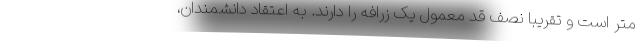
متر است و تقریباً نصف قد معمول یک زرافه را دارند. به اعتقاد دانشمندان،